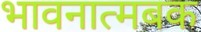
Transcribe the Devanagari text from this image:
भावनात्मबक